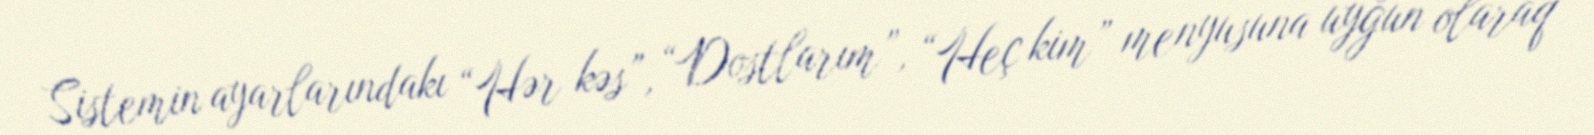
Sistemin ayarlarındakı “Hər kəs”, “Dostlarım”, “Heç kim” menyusuna uyğun olaraq